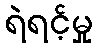
ရဲရင့်မှု